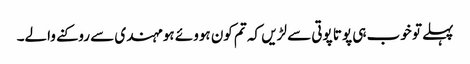
پہلے تو خوب ہی پوتا پوتی سے لڑیں کہ تم کون ہووئے ہو مہندی سے روکنے والے۔